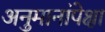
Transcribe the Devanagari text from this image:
अनुमानांपेक्षा